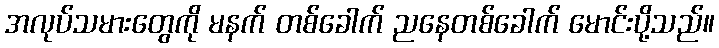
အလုပ်သမားတွေကို မနက် တစ်ခေါက် ညနေတစ်ခေါက် မောင်းပို့သည်။